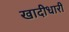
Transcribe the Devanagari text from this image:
खादीधारी